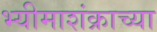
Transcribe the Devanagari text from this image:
भ्यीमाशंक्राच्या